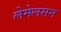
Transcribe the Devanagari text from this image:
लेमेलसन